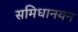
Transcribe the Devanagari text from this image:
समिधानयन